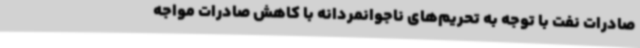
صادرات نفت با توجه به تحریم‌های ناجوانمردانه با کاهش صادرات مواجه